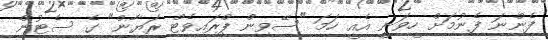
ފެންނަ ފެނުމަށް ހީވަނީ އެއީ ހަމަ "ސޭވިން ޕްރައިވެޓް ރަޔާން" ގެ ސެޓުން